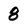
Character: 8